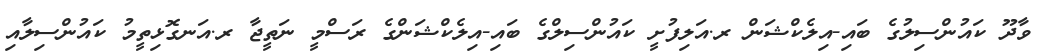
ވާދޫ ކައުންސިލުގެ ބައި-އިލެކްޝަން ރ.އަލިފުށީ ކައުންސިލްގެ ބައި-އިލެކްޝަންގެ ރަސްމީ ނަތީޖާ ރ.އަނގޮޅިތީމު ކައުންސިލާއި